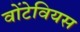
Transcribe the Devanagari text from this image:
वोंटेवियस